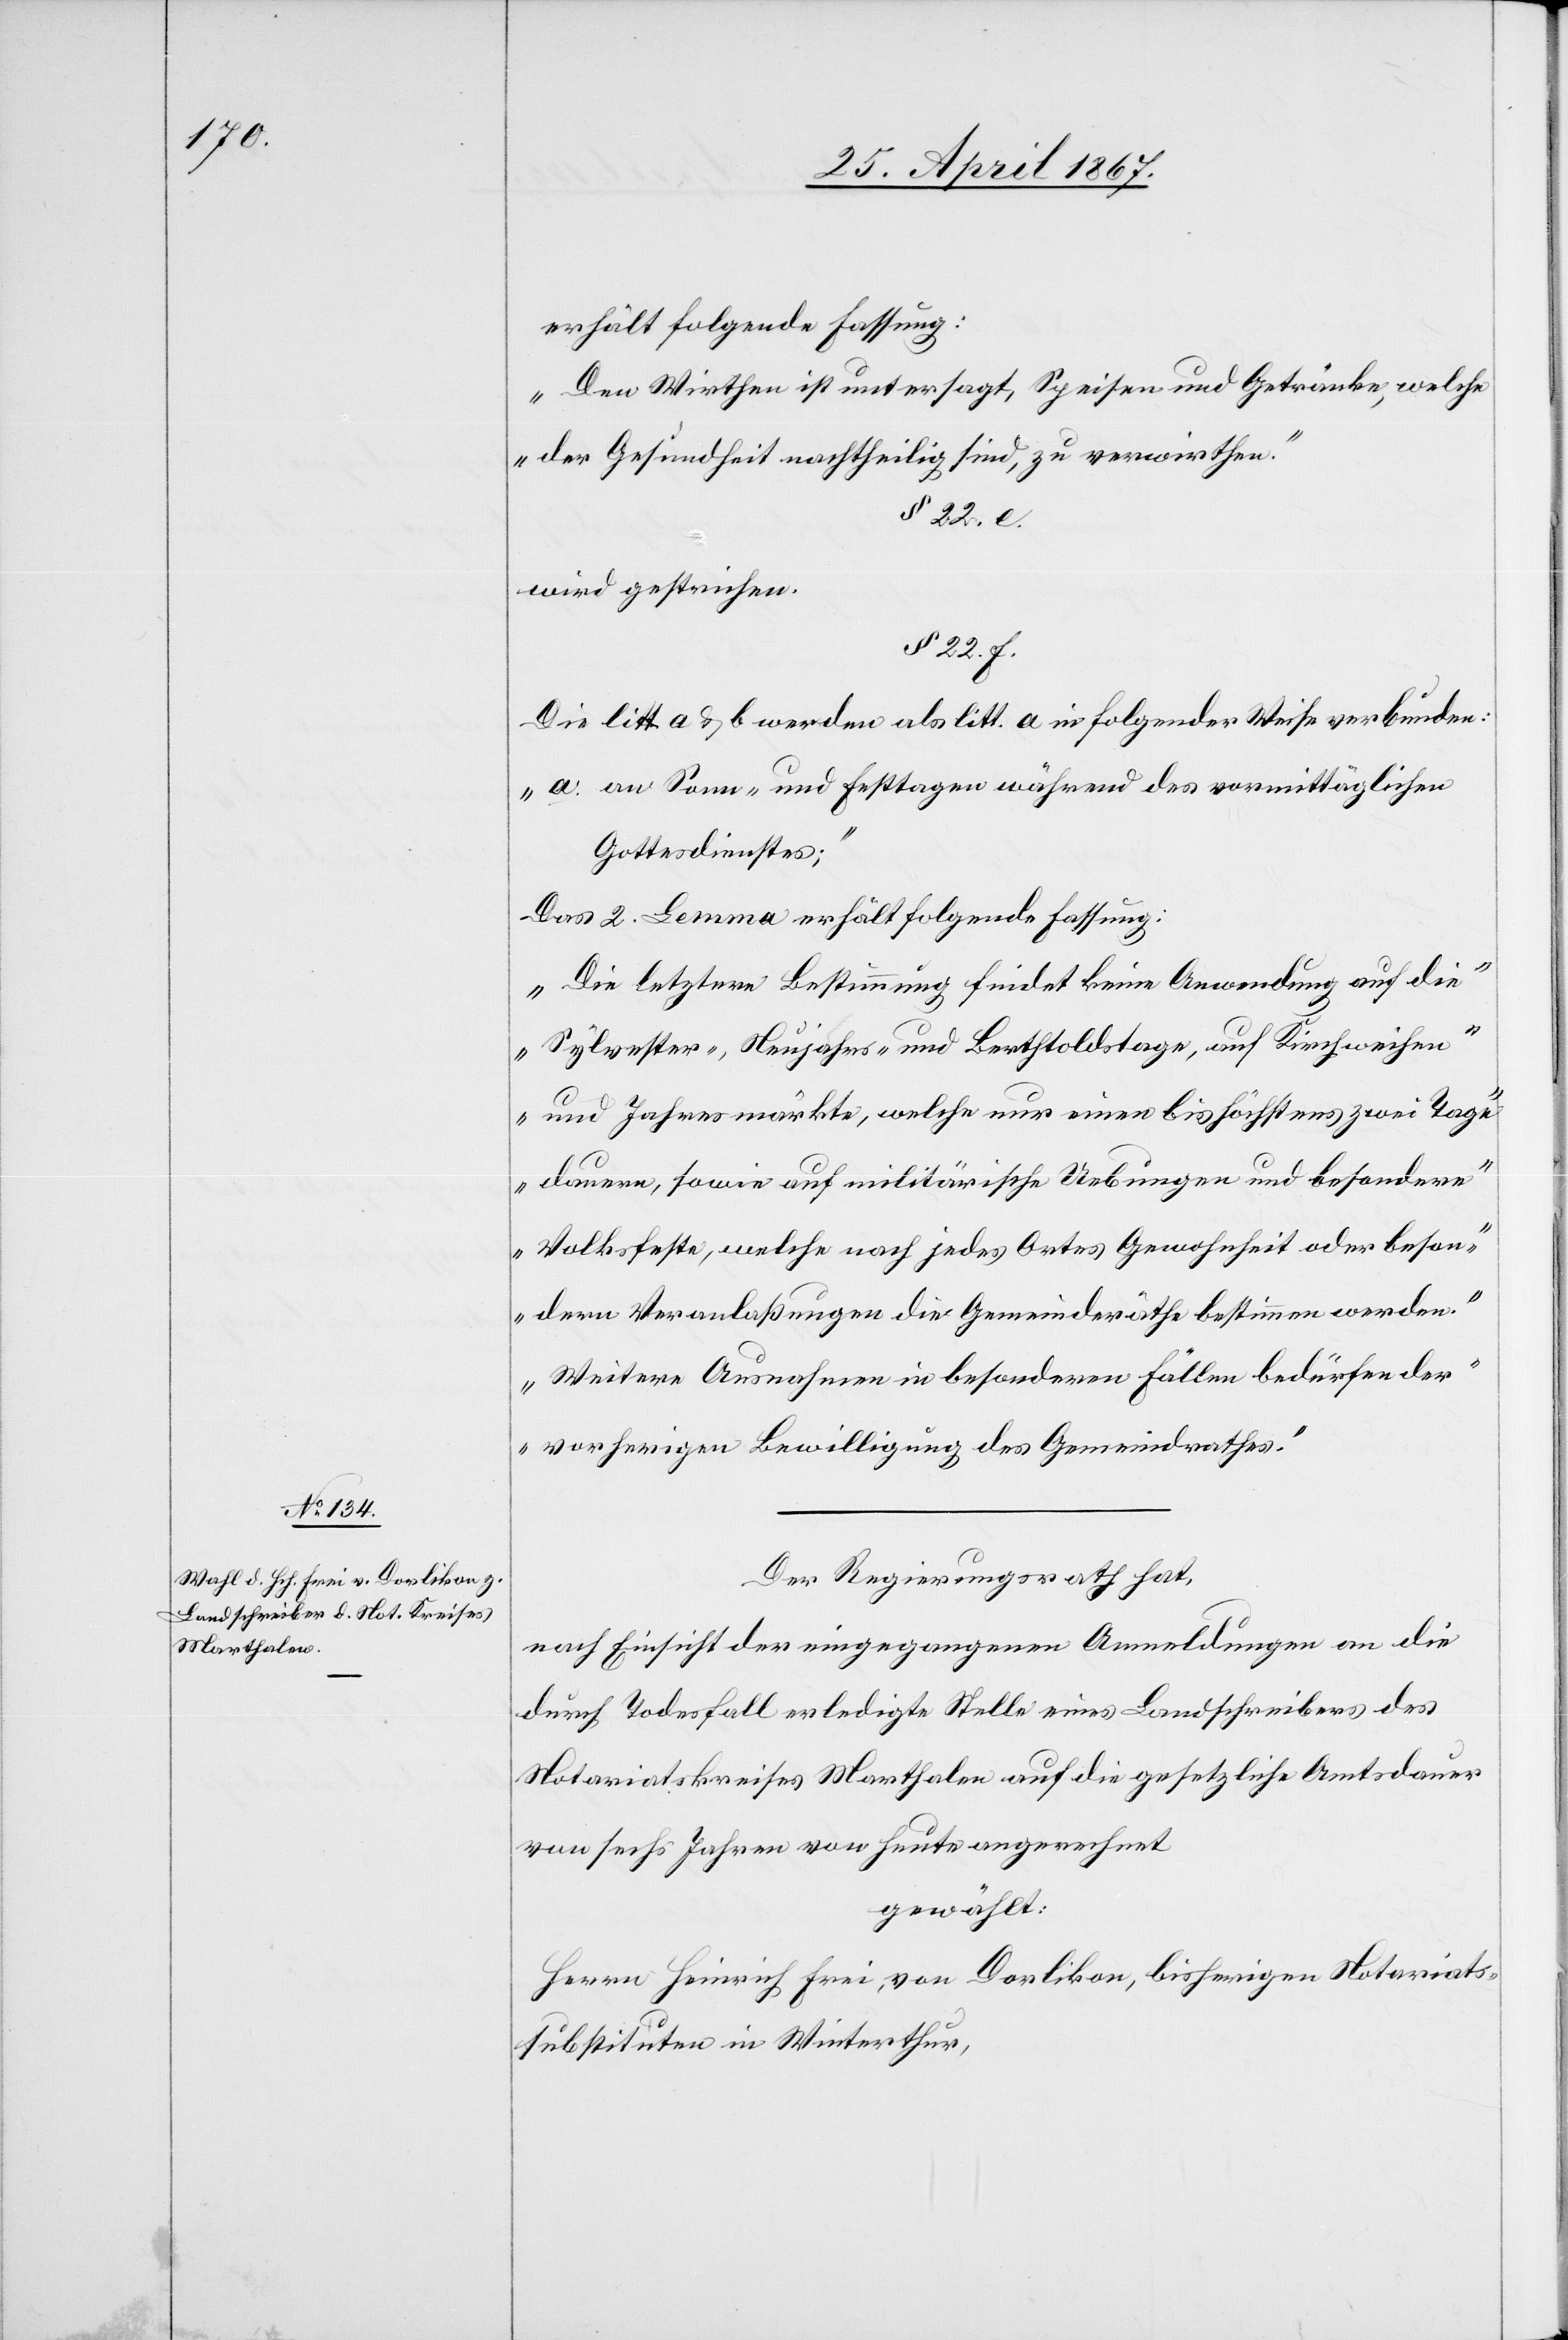
erhält folgende Fassung:
„Den Wirthen ist untersagt, Speisen und Getränke, welche
der Gesundheit nachtheilig sind, zu verwirthen.“
§ 22. e.
werden gestrichen.
§ 22. f.
Die litt a u. b werden als litt. a in folgender Weise verbunden:
„a. an Sonn- und Festtagen während des vormittäglichen
Gottesdienstes;“
Das 2. Lemma erhält folgende Fassung:
„Die letztere Bestimmung findet keine Anwendung auf die
Sylvester-[,] Neujahrs- und Bertholdstage, auf Kirchweihen
und Jahresmärkte, welche nur einen bis höchstens zwei Tage
besondern Veranlaßungen die Gemeinderäthe bestimmen werden.
Weitere Ausnahmen in besonderen Fällen bedürfen der
vorherigen Bewilligung des Gemeindrathes.“
Der Regierungsrath hat,
nach Einsicht der eingegangenen Anmeldungen an die
durch Todesfall erledigte Stelle eines Landschreibers des
Notariatskreises Marthalen auf die gesetzliche Amtsdauer
von sechs Jahren von heute angerechnet
gewählt:
Herrn Heinrich Frei, von Dorlikon, bisherigen Notariats¬
substituten in Winterthur,